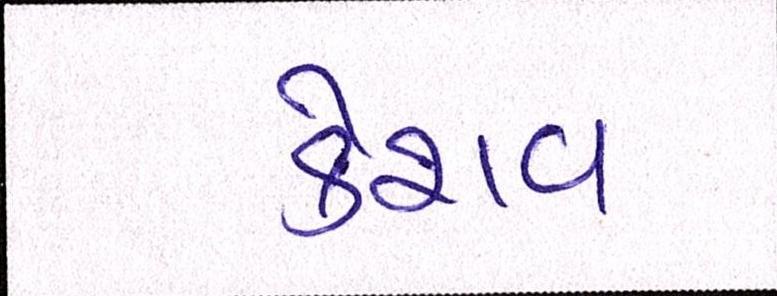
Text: કેશવ